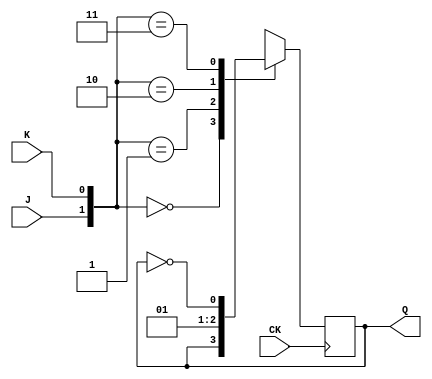
module libhdl_jkffN
#(  parameter N = 1)
(   input  wire         CK,
    input  wire [N-1:0] J,
    input  wire [N-1:0] K,
    output reg  [N-1:0] Q);

always @ (posedge CK)
    case ({J, K})
        2'b00:   Q <= Q;
        2'b01:   Q <= {N{1'b0}};
        2'b10:   Q <= {N{1'b1}};
        2'b11:   Q <= ~Q;
        default: Q <= {N{1'bX}};
    endcase

endmodule